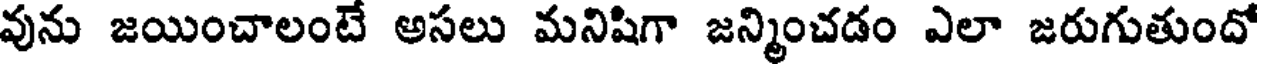
వును జయించాలంటే అసలు మనిషిగా జన్మించడం ఎలా జరుగుతుందో